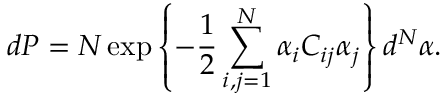
d P = { \cal N } \exp \left\{ - \frac { 1 } { 2 } \sum _ { i , j = 1 } ^ { N } \alpha _ { i } C _ { i j } \alpha _ { j } \right\} d ^ { N } \alpha .